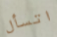
اتسأل